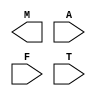
// Netflix has been engaged by movie studios to advertise new movies.
// Netflix will show visitors one of 4 ads based on the kind of movie
// they last watched.

// The following characteristics of the last watched movie are
// considered:
// - Whether the movie was animated? (A = 1 means the movie was
//     animated; otherwise A = 0)
// - Whether the starring actor was female (F = 1) or male (F = 0)?
// - The type of movie: (T = 2'b00 (action movie), 2'b01 (romance),
//     2'b10 (comedy), 2'b11 (thriller))

// The ad served is chosen by the following rules:
// - "A Good Day to Die Hard" (M = 2'b00) will be shown to viewers of
//     action movies and thrillers, unless they are animated or had a
//     female starring actor.
// - "Safe Haven" (M = 2'b01) will be selected for people who had
//     viewed romance movies or movies with a female starring actor that
//     are not comedies.
// - When the previous two movie ads aren't shown, "Escape from Planet
//     Earth" (M = 2'b10) will be shown to people viewing animated movies,
//     comedies, or action movies.
// - Otherwise, "Saving Lincoln" (M = 2'b11) will be shown.

module movies(M, A, F, T);
   output [1:0] M;
   input  	A, F;
   input  [1:0]	T;

   
endmodule // movies